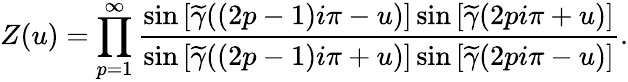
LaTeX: Z(u)=\prod_{p=1}^{\infty}\frac{\sin\left[\widetilde{\gamma}((2p-1)i\pi-u)\right]\sin\left[\widetilde{\gamma}(2pi\pi+u)\right]}{\sin\left[\widetilde{\gamma}((2p-1)i\pi+u)\right]\sin\left[\widetilde{\gamma}(2pi\pi-u)\right]}.